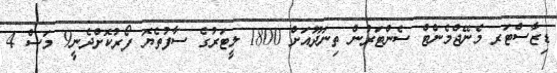
ޑިޒާސްޓަރ މެނޭޖްމެންޓް ސެންޓަރުން ތިނަދޫއަށް 1800 ލީޓަރުގެ ސާފުތެޔޮ ފޯރުކޮށްދެނީ9 މަސް 4